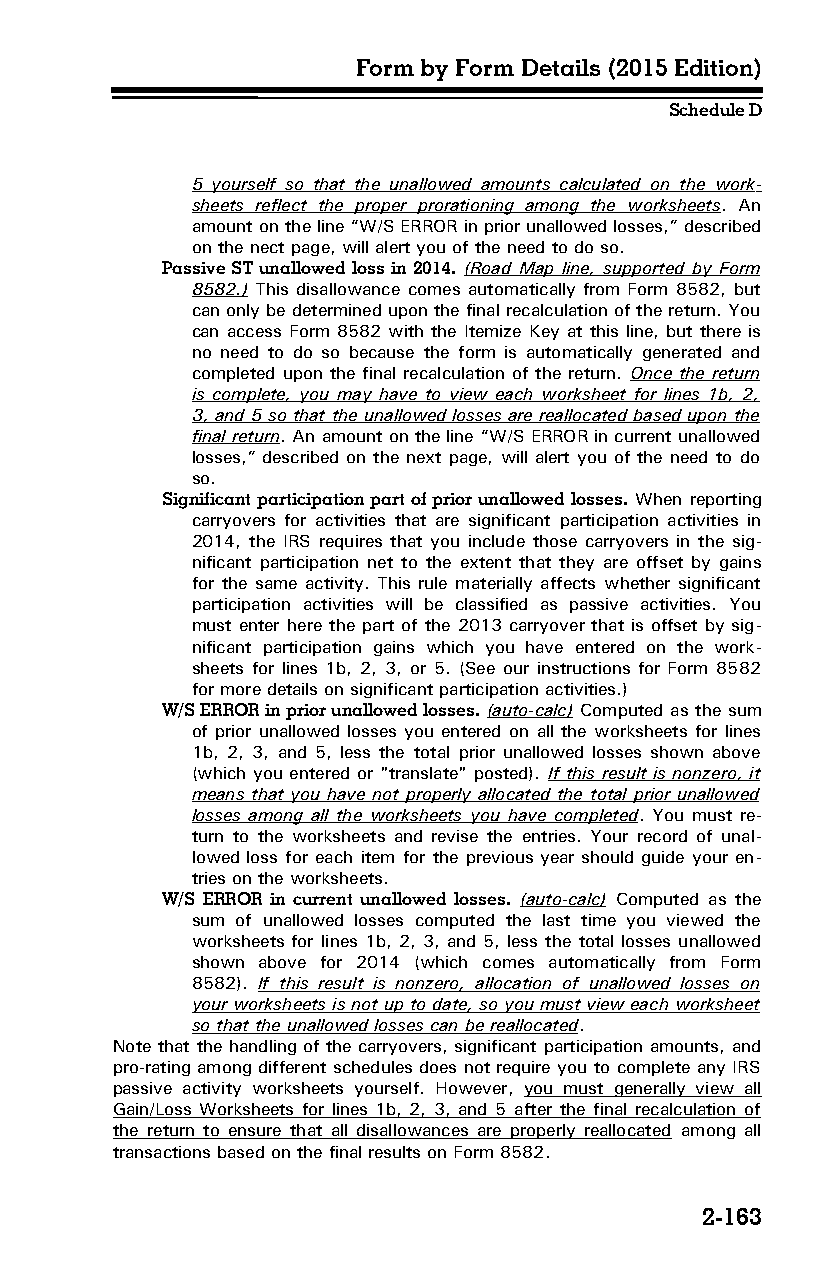
Form by Form Details (2015 Edition)
 Schedule D
 5 yourself so that the unallowed amounts calculated on the work­
 sheets reflect the proper prorationing among the worksheets. An
 amount on the line “W/S ERROR in prior unallowed losses,” described
 on the nect page, will alert you of the need to do so.
 Passive ST unallowed loss in 2014. (Road Map line, supported by Form
 8582.) This disallowance comes automatically from Form 8582, but
 can only be determined upon the final recalculation of the return. You
 can access Form 8582 with the Itemize Key at this line, but there is
 no need to do so because the form is automatically generated and
 completed upon the final recalculation of the return. Once the return
 is complete, you may have to view each worksheet for lines 1b, 2,
 3, and 5 so that the unallowed losses are reallocated based upon the
 final return. An amount on the line “W/S ERROR in current unallowed
 losses,” described on the next page, will alert you of the need to do
 so.
 Significant participation part of prior unallowed losses. When reporting
 carryovers for activities that are significant participation activities in
 2014, the IRS requires that you include those carryovers in the sig­
 nificant participation net to the extent that they are offset by gains
 for the same activity. This rule materially affects whether significant
 participation activities will be classified as passive activities. You
 must enter here the part of the 2013 carryover that is offset by sig­
 nificant participation gains which you have entered on the work­
 sheets for lines 1b, 2, 3, or 5. (See our instructions for Form 8582
 for more details on significant participation activities.)
 W/S ERROR in prior unallowed losses. (auto-calc) Computed as the sum
 of prior unallowed losses you entered on all the worksheets for lines
 1b, 2, 3, and 5, less the total prior unallowed losses shown above
 (which you entered or "translate" posted). If this result is nonzero, it
 means that you have not properly allocated the total prior unallowed
 losses among all the worksheets you have completed. You must re­
 turn to the worksheets and revise the entries. Your record of unal­
 lowed loss for each item for the previous year should guide your en­
 tries on the worksheets.
 W/S ERROR in current unallowed losses. (auto-calc) Computed as the
 sum of unallowed losses computed the last time you viewed the
 worksheets for lines 1b, 2, 3, and 5, less the total losses unallowed
 shown above for 2014 (which comes automatically from Form
 8582). If this result is nonzero, allocation of unallowed losses on
 your worksheets is not up to date, so you must view each worksheet
 so that the unallowed losses can be reallocated.
 Note that the handling of the carryovers, significant participation amounts, and
 pro-rating among different schedules does not require you to complete any IRS
 passive activity worksheets yourself. However, you must generally view all
 Gain/Loss Worksheets for lines 1b, 2, 3, and 5 after the final recalculation of
 the return to ensure that all disallowances are properly reallocated among all
 transactions based on the final results on Form 8582.
 2-163